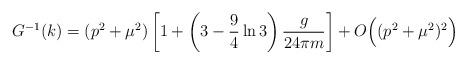
LaTeX: \begin{align*}G^{-1}(k)=(p^2+\mu^2)\left[1+\left(3-\frac{9}{4}\ln 3\right)\frac{g}{24\pi m}\right]+O\Bigl((p^2+\mu^2)^2\Bigr)\end{align*}